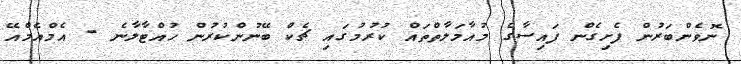
ނޮވެންބަރުން ފެށިގެން ފައިސާގެ މުއާމަލާތްތައް ކުރުމުގައި ޗެކް ބޭނުންކުރުން ހުއްޓާލާނެ - އެމްއެމްއޭ